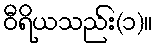
ဝီရိယသည်း(၁)။